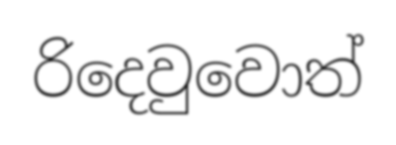
රිදෙවුවොත්